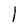
Character: l